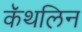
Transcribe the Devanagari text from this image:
कॅथलिन